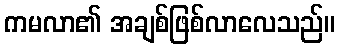
ကမလာ၏ အချစ်ဖြစ်လာလေသည်။